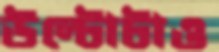
উল্টোটাও